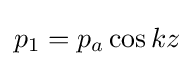
p_{1}=p_{a}\cos {kz}